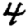
Digit: 4